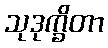
သုဒုက္ခိတာ